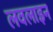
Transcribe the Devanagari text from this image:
लवलाइन